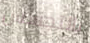
بالتجسس